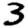
Digit: 3